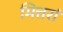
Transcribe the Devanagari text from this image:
मित्तरां